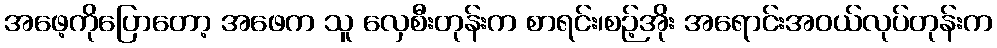
အဖေ့ကိုပြောတော့ အဖေက သူ လှေစီးတုန်းက စာရင်း၊စဉ့်အိုး အရောင်းအဝယ်လုပ်တုန်းက